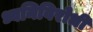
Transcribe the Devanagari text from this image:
ध्वनिविरोधी